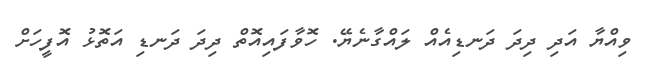
ވިއްޔާ އަދި ދިދަ ދަނޑިއެއް ލައްގާނެޔޭ. ހޮވާފައިއޮތް ދިދަ ދަނޑި އަތޮޅު އޮފީހަށް